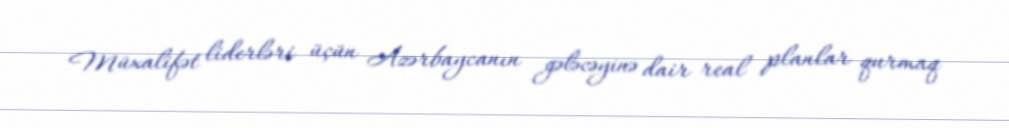
Müxalifət liderləri üçün Azərbaycanın gələcəyinə dair real planlar qurmaq